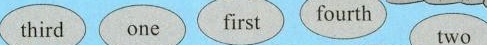
third one first fourth two second